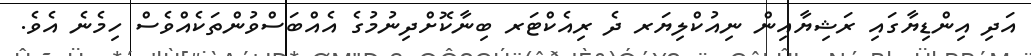
އަދި އިންޑިޔާގައި ރަޝިޔާއިން ނިއުކްލިޔަރ ދެ ރިއެކްޓަރ ބިނާކޮށްދިނުމުގެ އެއްބަސްވުންތަކެއްވެސް ހިމެނެ އެވެ.